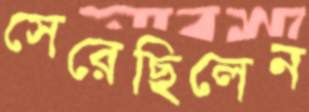
সেরেছিলেন